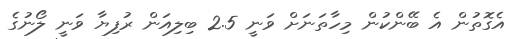
އެގޮތުން އެ ބޭންކުން މިހާތަނަށް ވަނީ 2.5 ބިލިއަން ރުފިޔާ ވަނީ ލޯނުގެ